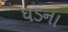
ધડના